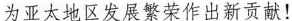
为亚太地区发展繁荣作出新贡献！